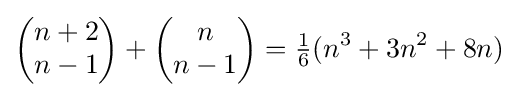
{\begin{pmatrix}n+2\\n-1\end{pmatrix}}+{\begin{pmatrix}n\\n-1\end{pmatrix}}={\tfrac {1}{6}}(n^{3}+3n^{2}+8n)